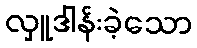
လှူဒါန်းခဲ့သော